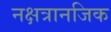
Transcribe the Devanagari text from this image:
नक्षत्रानजिक